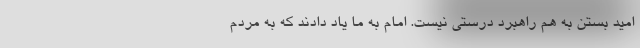
امید بستن به هم راهبرد درستی نیست. امام به ما یاد دادند که به مردم